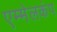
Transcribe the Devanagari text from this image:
एम्मेलकंप